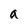
Character: a